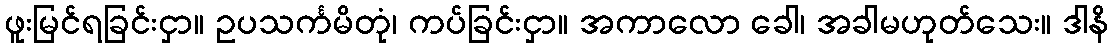
ဖူးမြင်ရခြင်းငှာ။ ဥပသင်္ကမိတုံ၊ ကပ်ခြင်းငှာ။ အကာလော ခေါ၊ အခါမဟုတ်သေး။ ဒါနိ